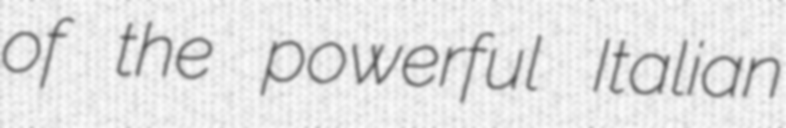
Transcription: of the powerful Italian